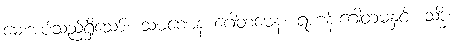
မေးအပ်သည်ရှိသော်။ သမဏေန ဂေါတမေန၊ ရဟန်းဂေါတမနှင့်။ သဒ္ဓိံ၊